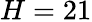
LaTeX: H=21